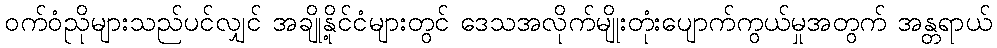
ဝက်ဝံညိုများသည်ပင်လျှင် အချို့နိုင်ငံများတွင် ဒေသအလိုက်မျိုးတုံးပျောက်ကွယ်မှုအတွက် အန္တရာယ်